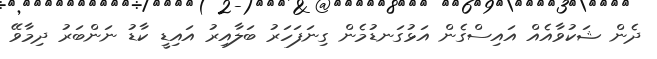
ދެން ޝަކުވާއެއް އައިސްގެން އަޅުގަނޑުމެން ގިނަފަހަރު ބަލާއިރު އައިޑީ ކާޑު ނަންބަރު ދިމާވޭ